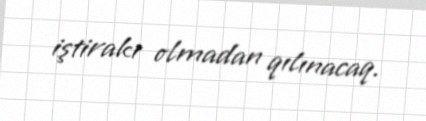
iştirakı olmadan qılınacaq.